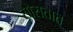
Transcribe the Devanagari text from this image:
सोसतात